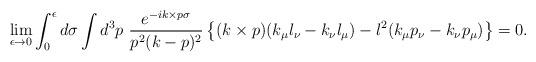
LaTeX: \begin{align*}\lim_{\epsilon \to 0} \int_0^{\epsilon} d \sigma \int d^3 p~ \frac{e^{-i k \times p \sigma}} {p^2 (k-p)^2} \left\{ (k \times p) (k_\mu l_\nu - k_\nu l_\mu) - l^2 (k_\mu p_\nu - k_\nu p_\mu) \right\} = 0.\end{align*}